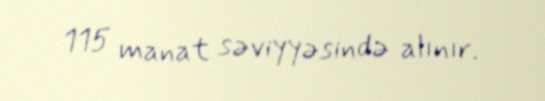
115 manat səviyyəsində alınır.